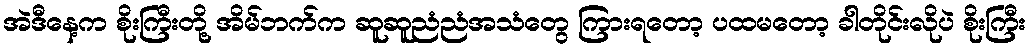
အဲဒီနေ့က စိုးကြီးတို့ အိမ်ဘက်က ဆူဆူညံညံအသံတွေ ကြားရတော့ ပထမတော့ ခါတိုင်းလိုပဲ စိုးကြီး